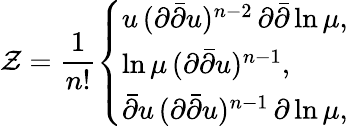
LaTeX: \mathcal{Z}=\frac{{1}}{{n!}}\left\{ \begin{array}{l}{{u\, (\partial\bar{\partial}u)^{n-2}\, \partial\bar{\partial}\ln\mu,}}\\ {{\ln\mu\, (\partial\bar{\partial}u)^{n-1},}}\\ {{\bar{\partial}u\, (\partial\bar{\partial}u)^{n-1}\, \partial\ln\mu,}}\end{array}\right.